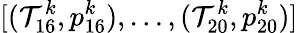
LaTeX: [(\mathcal{T}_{16}^{k},p_{16}^{k}),\dots,(\mathcal{T}_{20}^{k},p_{20}^{k})]